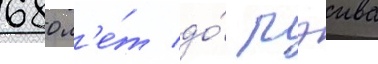
680 л'е́т до́ рэива